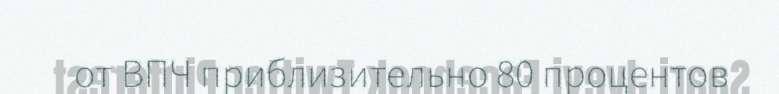
от ВПЧ приблизительно 80 процентов